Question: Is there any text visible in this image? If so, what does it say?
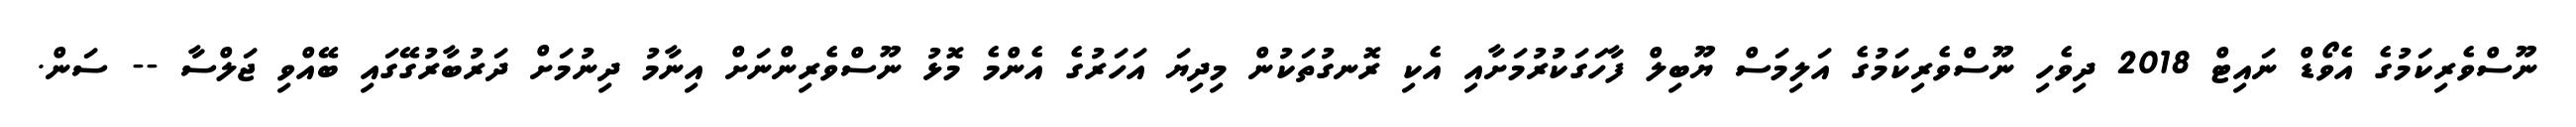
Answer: ނޫސްވެރިކަމުގެ އެވޯޑް ނައިޓް 2018 ދިވެހި ނޫސްވެރިކަމުގެ އަލިމަސް ޔޫބިލް ފާހަގަކުރުމަށާއި އެކި ރޮނގުތަކުން މިދިޔަ އަހަރުގެ އެންމެ މޮޅު ނޫސްވެރިންނަށް އިނާމު ދިނުމަށް ދަރުބާރުގޭގައި ބޭއްވި ޖަލްސާ -- ސަން.